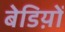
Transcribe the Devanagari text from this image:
बेडिय़ों